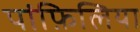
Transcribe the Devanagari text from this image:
पांफ़िलिया